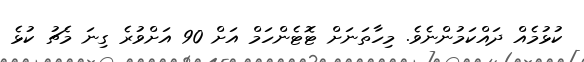
ކުޅުމެއް ދައްކަމުންނެވެ. މިހާތަނަށް ޓޮޓެންހަމް އަށް 90 އަށްވުރެ ގިނަ މެޗު ކުޅެ